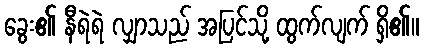
ခွေး၏ နီရဲရဲ လျှာသည် အပြင်သို့ ထွက်လျက် ရှိ၏။